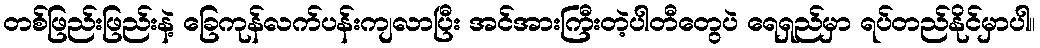
တစ်ဖြည်းဖြည်းနဲ့ ခြေကုန်လက်ပန်းကျလာပြီး အင်အားကြီးတဲ့ပါတီတွေပဲ ရေရှည်မှာ ရပ်တည်နိုင်မှာပါ။